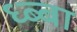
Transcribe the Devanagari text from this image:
ध्ब्बा